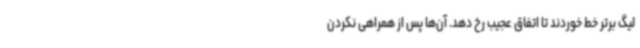
لیگ برتر خط خوردند تا اتفاق عجیب رخ دهد. آن‌ها پس از همراهی نکردن